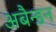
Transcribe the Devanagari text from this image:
अबैन्डन